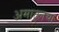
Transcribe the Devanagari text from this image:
अमाट्लचा